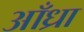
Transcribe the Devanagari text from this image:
आँध्रा